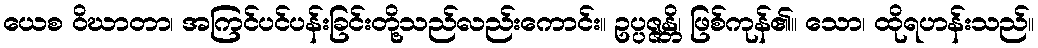
ယေစ ဝိဃာတာ၊ အကြင်ပင်ပန်းခြင်းတို့သည်လည်းကောင်း။ ဥပ္ပဇ္ဇန္တိ၊ ဖြစ်ကုန်၏။ သော၊ ထိုရဟန်းသည်။